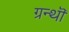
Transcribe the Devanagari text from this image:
ग्रन्थॊ